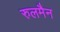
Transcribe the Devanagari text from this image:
रुलमैन